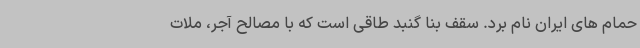
حمام های ایران نام برد. سقف بنا گنبد طاقی است که با مصالح آجر، ملات